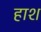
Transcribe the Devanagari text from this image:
हाश